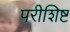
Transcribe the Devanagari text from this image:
परीशिष्ट